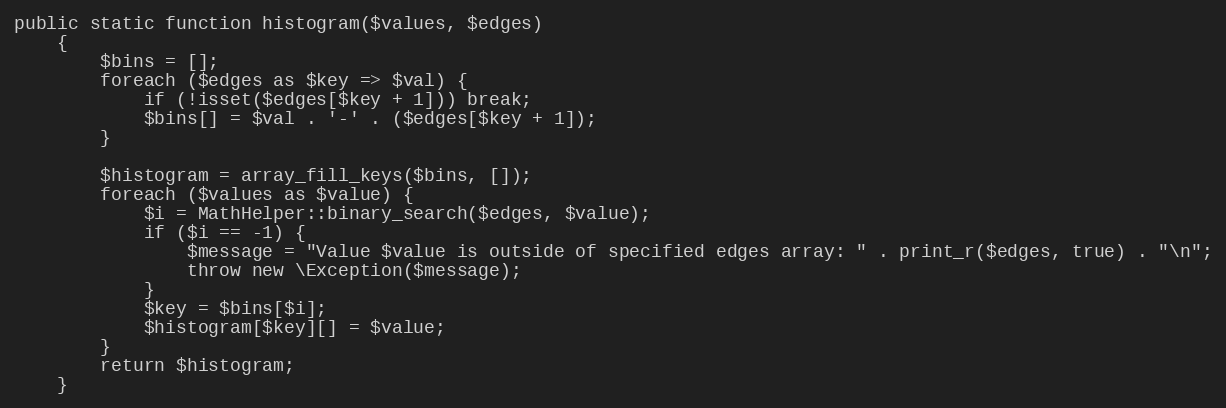
Language: PHP
public static function histogram($values, $edges)
    {
        $bins = [];
        foreach ($edges as $key => $val) {
            if (!isset($edges[$key + 1])) break;
            $bins[] = $val . '-' . ($edges[$key + 1]);
        }

        $histogram = array_fill_keys($bins, []);
        foreach ($values as $value) {
            $i = MathHelper::binary_search($edges, $value);
            if ($i == -1) {
                $message = "Value $value is outside of specified edges array: " . print_r($edges, true) . "\n";
                throw new \Exception($message);
            }
            $key = $bins[$i];
            $histogram[$key][] = $value;
        }
        return $histogram;
    }